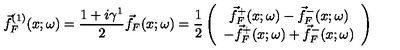
\vec { f } _ { F } ^ { ( 1 ) } ( x ; \omega ) = \frac { 1 + i \gamma ^ { 1 } } { 2 } \vec { f } _ { F } ( x ; \omega ) = \frac { 1 } { 2 } \left( \begin{array} { c } { \vec { f } _ { F } ^ { + } ( x ; \omega ) - \vec { f } _ { F } ^ { - } ( x ; \omega ) } \\ { - \vec { f } _ { F } ^ { + } ( x ; \omega ) + \vec { f } _ { F } ^ { - } ( x ; \omega ) } \\ \end{array} \right)